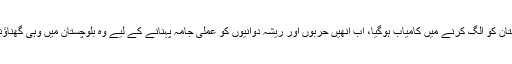
ایسے ہی سیاستدانوں کے تعاون سے1971 میں وہ مشرقی پاکستان کو الگ کرنے میں کامیاب ہوگیا، اب انھیں حربوں اور ریشہ دوانیوں کو عملی جامہ پہنانے کے لیے وہ بلوچستان میں وہی گھناؤنا کھیل ،کھیل رہا ہے جو اس نے مشرقی پاکستان میں کھیلا تھا۔